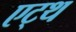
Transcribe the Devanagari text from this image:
एट्थ